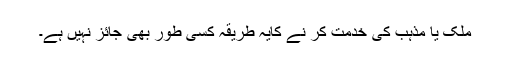
ملک یا مذہب کی خدمت کر نے کایہ طریقہ کسی طور بھی جائز نہیں ہے۔